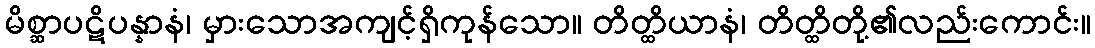
မိစ္ဆာပဋိပန္နာနံ၊ မှားသောအကျင့်ရှိကုန်သော။ တိတ္ထိယာနံ၊ တိတ္ထိတို့၏လည်းကောင်း။